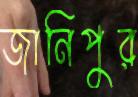
জানিপুর